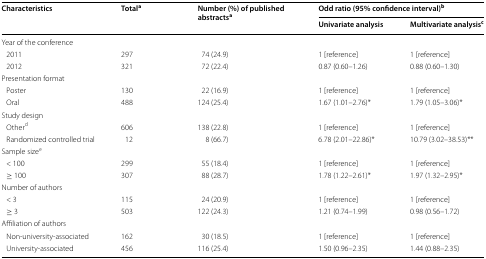
| <ROWSPAN=2> Characteristics | <ROWSPAN=2> Totala | <ROWSPAN=2> Number (%) of published abstractsa | <COLSPAN=2> Odd ratio (95% confidence interval)b |
 | Univariate analysis | Multivariate analysisc |
 | --- | --- | --- | --- | --- |
 | <COLSPAN=5> Year of the conference |
 | 2011 | 297 | 74 (24.9) | 1 [reference] | 1 [reference] |
 | 2012 | 321 | 72 (22.4) | 0.87 (0.60–1.26) | 0.88 (0.60–1.30) |
 | <COLSPAN=5> Presentation format |
 | Poster | 130 | 22 (16.9) | 1 [reference] | 1 [reference] |
 | Oral | 488 | 124 (25.4) | 1.67 (1.01–2.76)* | 1.79 (1.05–3.06)* |
 | <COLSPAN=5> Study design |
 | Otherd | 606 | 138 (22.8) | 1 [reference] | 1 [reference] |
 | Randomized controlled trial | 12 | 8 (66.7) | 6.78 (2.01–22.86)* | 10.79 (3.02–38.53)** |
 | <COLSPAN=5> Sample sizee |
 | < 100 | 299 | 55 (18.4) | 1 [reference] | 1 [reference] |
 | ≥ 100 | 307 | 88 (28.7) | 1.78 (1.22–2.61)* | 1.97 (1.32–2.95)* |
 | <COLSPAN=5> Number of authors |
 | < 3 | 115 | 24 (20.9) | 1 [reference] | 1 [reference] |
 | ≥ 3 | 503 | 122 (24.3) | 1.21 (0.74–1.99) | 0.98 (0.56–1.72) |
 | <COLSPAN=5> Affiliation of authors |
 | Non-university-associated | 162 | 30 (18.5) | 1 [reference] | 1 [reference] |
 | University-associated | 456 | 116 (25.4) | 1.50 (0.96–2.35) | 1.44 (0.88–2.35) |